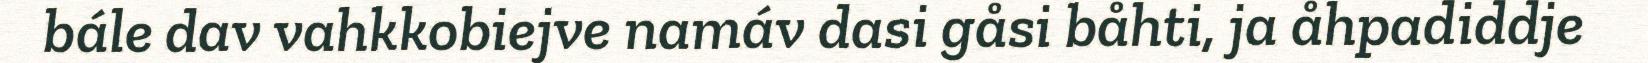
bále dav vahkkobiejve namáv dasi gåsi båhti, ja åhpadiddje